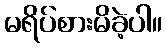
မရိပ်စားမိခဲ့ပါ။